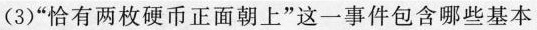
(3)”恰有两枚硬币正面朝上”这一事件包含哪些基本